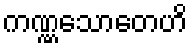
ကဏ္ဏသောတေဟိ